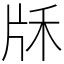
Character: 𤖱